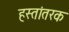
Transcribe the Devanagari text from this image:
हस्तांतरक